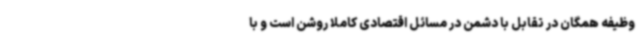
وظیفه همگان در تقابل با دشمن در مسائل اقتصادی کاملاً روشن است و با